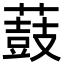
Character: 薣